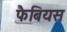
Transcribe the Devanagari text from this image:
फैबियस